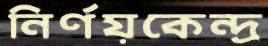
নির্ণয়কেন্দ্র